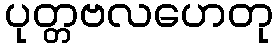
ပုတ္တဗလဟေတု